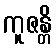
ကူဇန္တိ